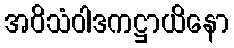
အဝိသံဝါဒကဋ္ဌာယိနော